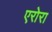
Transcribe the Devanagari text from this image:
एरोरा